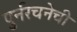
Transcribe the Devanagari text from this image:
पुर्नरचनेची